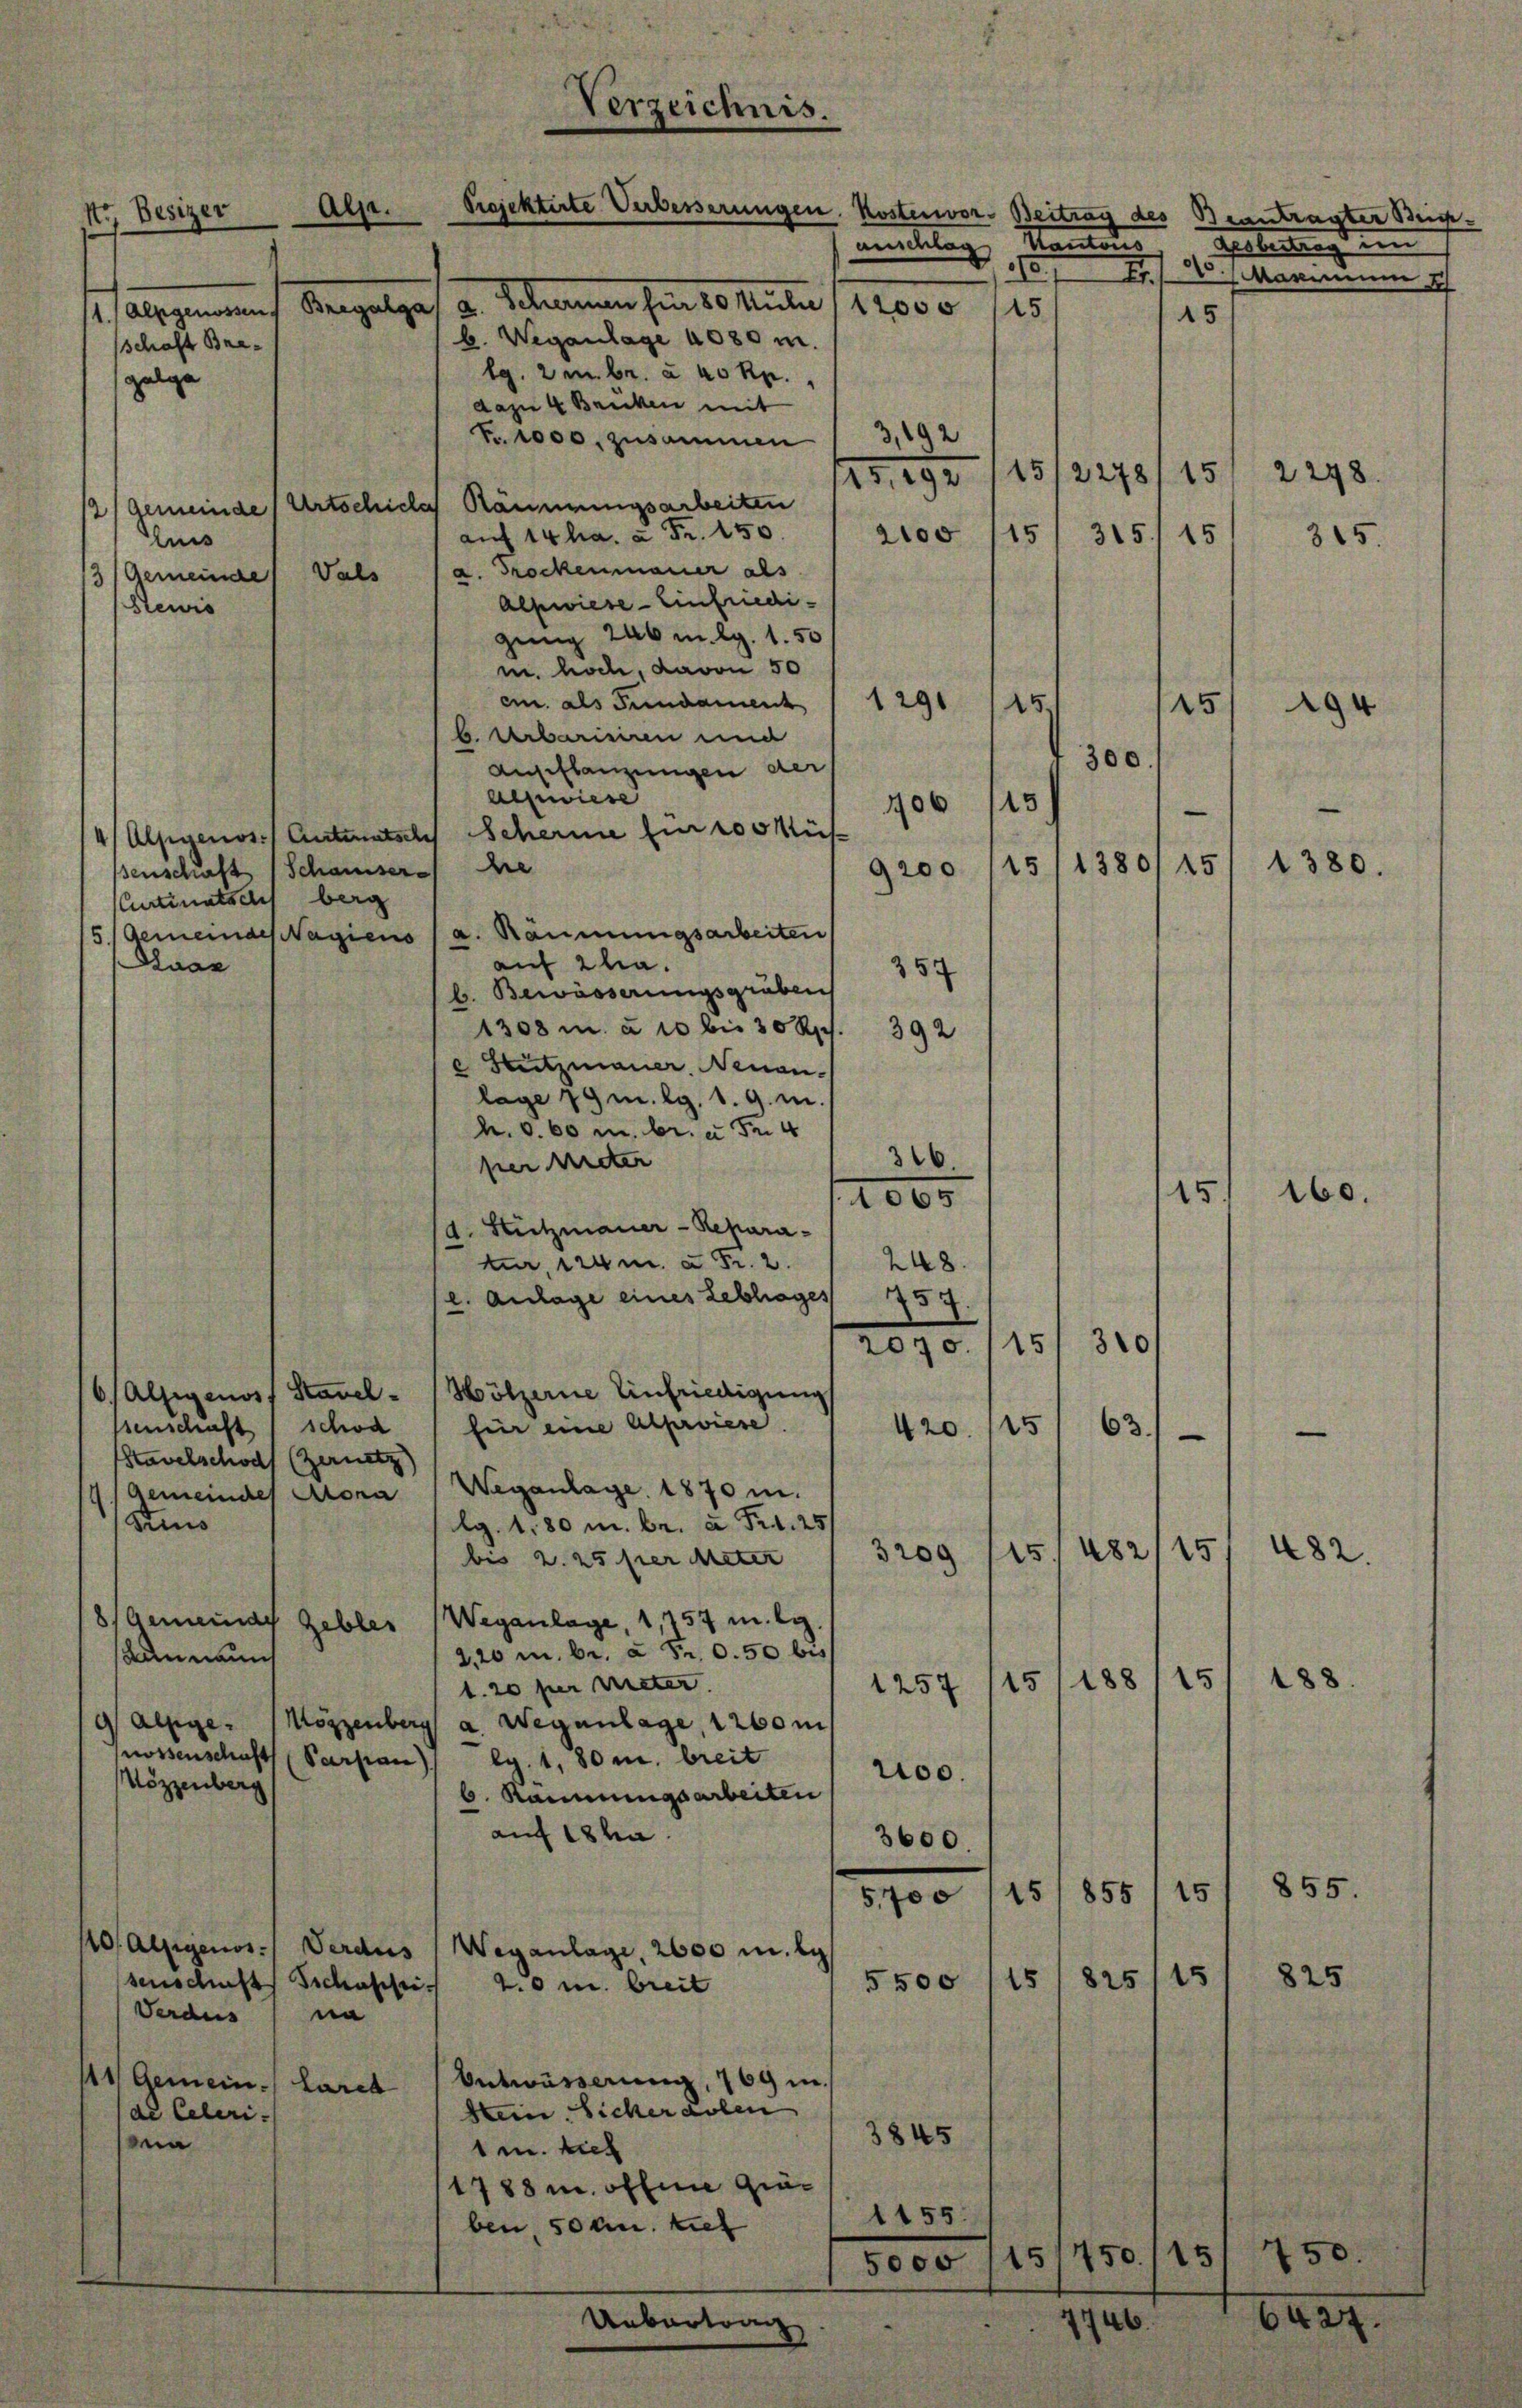
Str. Besizer
schaft Bregelge

e
1 abgenant Angelges. v. Stammen hin 10 Meter, 14000
15
b. Weganlage 4080 m.
lg. 2 m br. à 40 Rp.,
dazu 4 Brücken mit
3,192
Fr. 1000, zusammen
15,192115/2278/15
12/Gemeinde (Artschiclas Räumungsarbeiten
auf 14 ha. u. Fr. 150.
15
315/15
2100
Auis
Gemeindes Vals (a. Trockenmauer als
3
Alpwiese Einfriedi¬
Rewis
gung 246 mlg. 1.50
m. hoch, davon 50
cm. als Fundament
1291
15/
145
b. Aberien und
Auseflanzungen der
Alpwiese
15
406
4/ Alpgenos Antratsch Scherme für 200 Müs
15
senschaft (Schauser die
9200
Curtinatails berg
5.) Gemeindes Nagiens (a. Räumungsarbeiten
auf 2ha.
uar
357
b. Bewässerungsgräben
1308 m. à 10 bis 30 Rp.
392
 Stutzmauer. Neuan-
lage 79 m. lg. 1. 9. m.
h. S. 60 u. br. à Fr. 4
310.
per treter
1065
d. Stützmauer - Reparatur, im a Fr. 2.
248.
l. Anlage eines Lebhages
357.
15
310/
2070.
/Alsigenoss Stavel - Hölzerne Einfriedigung
15
ssenschaft schon für eine Alprwiese
63.
420.
Stavelschof (Zernetz)
Weganlage. 1870 m.
Gemeindes Mona
Stins
lg. 180 m br. a. Fr. 25
15
151482
3209
bis 2. 25 per Meter
8) Gemeinde Gebler (Weganlage, 1757 m. g
2,20 m. Br. à Fr. 0.50 bis
damnaun
15
188
15
1.20 per Mieter.
1257
dalsige Möggenberg a. Wegenlage, 1260m,
nossenschaft (Parpan), ag. 1, 80 m breit
200.
Hözzenberg
6. Rannungsarbeiten
auf 18 ha
3600.
15
15
855
5,700
110. Alsigenos. Verdus Weganlage, 2600 m. la
825/15
15
5500
senschafts Tschussi 2.0 m breit
Verdus na
Entwässerung, 1769 in
111 Gemeine Larch
Stein Sicher dolen
de Celeri¬
3845
a
1m tief
1788 u. offene Gie¬
1155.
ben, 50 an. tief
5000 (151750/15/
1746.
Uebertreng

Verzeichnis.
Alse.

Projektirte Verbesserungen. Kostenvor. Beitrag des Beantragter Bei-
auschlag kantons

Glerung ein
.
d Masium I
15

300.
e
1380/15

482.
188

855.
825

2248.
315.

15
160.

50

194
1380.